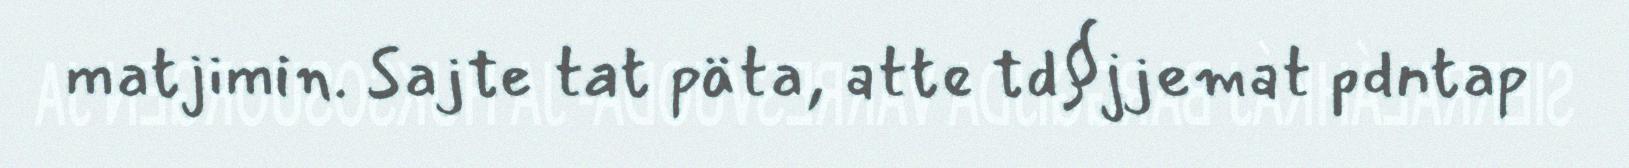
matjimin. Sajte tat päta, atte td§jjemat pdntap